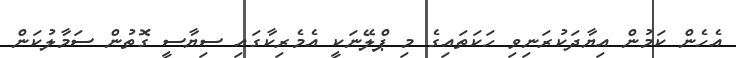
އެހެން ކަމުން އިޔާދަކުރަނިވި ހަކަތައިގެ މި ޕްލޭނަކީ އެމެރިކާގައި ސިޔާސީ ގޮތުން ސަމާލުކަން